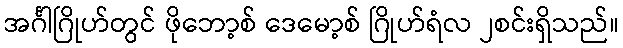
အင်္ဂါဂြိုဟ်တွင် ဖိုဘော့စ် ဒေမော့စ် ဂြိုဟ်ရံလ ၂စင်းရှိသည်။